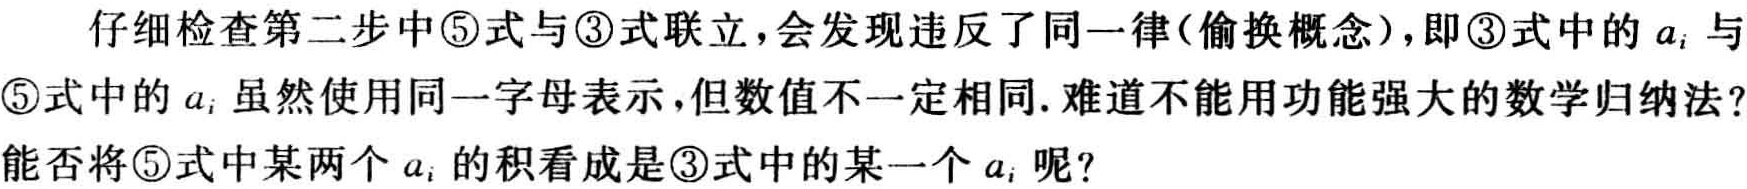
仔细检查第二步中\textcircled{5}式与\textcircled{3}式联立，会发现违反了同一律(偷换概念)，即\textcircled{3}式中的 \(a_{i}\) 与\textcircled{5}式中的 \(a_{i}\) 虽然使用同一字母表示，但数值不一定相同. 难道不能用功能强大的数学归纳法？能否将\textcircled{5}式中某两个 \(a_{i}\) 的积看成是\textcircled{3}式中的某一个 \(a_{i}\) 呢？